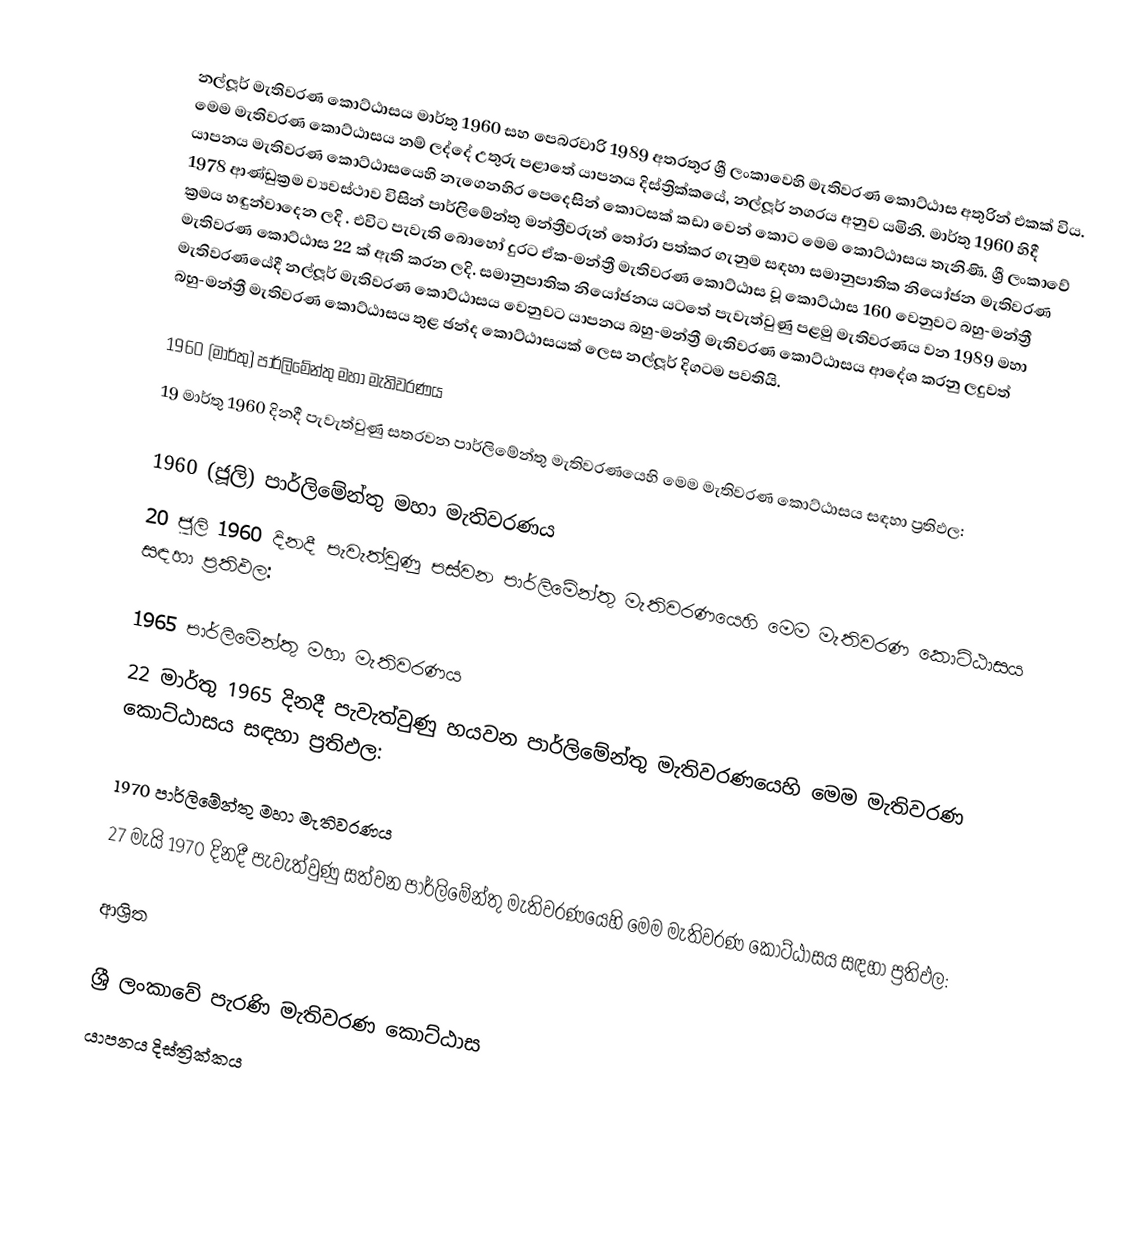
නල්ලූර් මැතිවරණ කොට්ඨාසය   මාර්තු 1960 සහ පෙබරවාරි 1989 අතරතුර  ශ්‍රී ලංකාවෙහි  මැතිවරණ කොට්ඨාස අතුරින් එකක් විය. මෙම මැතිවරණ කොට්ඨාසය නම් ලද්දේ උතුරු පළාතේ  යාපනය දිස්ත්‍රික්කයේ,  නල්ලූර් නගරය අනුව යමිනි.   මාර්තු 1960 හිදී  යාපනය මැතිවරණ කොට්ඨාසයෙහි නැගෙනහිර පෙදෙසින් කොටසක් කඩා වෙන් කොට මෙම කොට්ඨාසය තැනිණි. ශ්‍රී ලංකාවේ 1978 ආණ්ඩුක්‍රම ව්‍යවස්ථාව විසින්   පාර්ලිමේන්තු මන්ත්‍රීවරුන් තෝරා පත්කර ගැනුම සඳහා සමානුපාතික නියෝජන මැතිවරණ ක්‍රමය හඳුන්වාදෙන ලදි . එවිට පැවැති බොහෝ දුරට  ඒක-මන්ත්‍රී මැතිවරණ කොට්ඨාස වූ කොට්ඨාස 160 වෙනුවට බහු-මන්ත්‍රී මැතිවරණ කොට්ඨාස 22 ක් ඇති කරන ලදි. සමානුපාතික නියෝජනය යටතේ පැවැත්වුණු පළමු මැතිවරණය වන 1989 මහා මැතිවරණයේදී  නල්ලූර් මැතිවරණ කොට්ඨාසය වෙනුවට  යාපනය බහු-මන්ත්‍රී මැතිවරණ කොට්ඨාසය  ආදේශ කරනු ලදුවත් බහු-මන්ත්‍රී මැතිවරණ කොට්ඨාසය තුළ ඡන්ද කොට්ඨාසයක් ලෙස නල්ලූර් දිගටම පවතියි.

1960 (මාර්තු) පාර්ලිමේන්තු මහා මැතිවරණය
19 මාර්තු 1960 දිනදී පැවැත්වුණු  සතරවන පාර්ලිමේන්තු මැතිවරණයෙහි මෙම මැතිවරණ කොට්ඨාසය සඳහා ප්‍රතිඵල:

1960 (ජූලි) පාර්ලිමේන්තු මහා මැතිවරණය
20 ජූලි 1960 දිනදී පැවැත්වුණු  පස්වන පාර්ලිමේන්තු මැතිවරණයෙහි මෙම මැතිවරණ කොට්ඨාසය සඳහා ප්‍රතිඵල:

1965 පාර්ලිමේන්තු මහා මැතිවරණය
22 මාර්තු 1965  දිනදී පැවැත්වුණු  හයවන පාර්ලිමේන්තු මැතිවරණයෙහි මෙම මැතිවරණ කොට්ඨාසය සඳහා ප්‍රතිඵල:

1970 පාර්ලිමේන්තු මහා මැතිවරණය
27 මැයි 1970 දිනදී පැවැත්වුණු  සත්වන පාර්ලිමේන්තු මැතිවරණයෙහි මෙම මැතිවරණ කොට්ඨාසය සඳහා ප්‍රතිඵල:

ආශ්‍රිත

ශ්‍රී ලංකාවේ පැරණි මැතිවරණ කොට්ඨාස
යාපනය දිස්ත්‍රික්කය